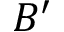
B ^ { \prime }